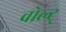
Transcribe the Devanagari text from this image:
वोल्ट्